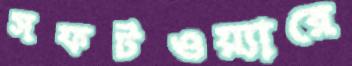
সফটওয়্যারে